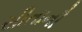
સીતાની